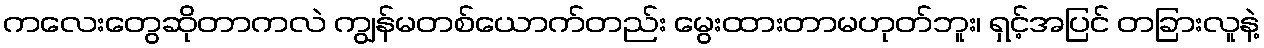
ကလေးတွေဆိုတာကလဲ ကျွန်မတစ်ယောက်တည်း မွေးထားတာမဟုတ်ဘူး၊ ရှင့်အပြင် တခြားလူနဲ့